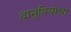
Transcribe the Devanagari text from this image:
दानुबियोचा